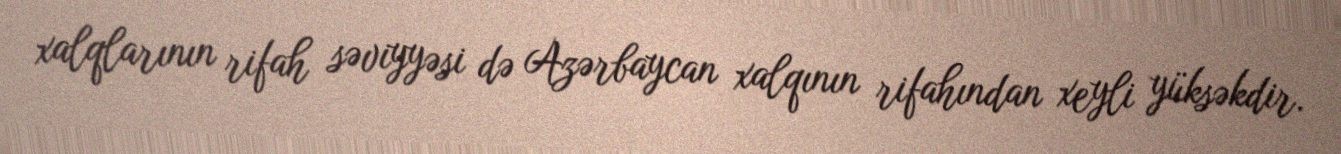
xalqlarının rifah səviyyəsi də Azərbaycan xalqının rifahından xeyli yüksəkdir.